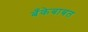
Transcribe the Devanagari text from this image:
बँकेबाबत